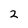
Character: 2